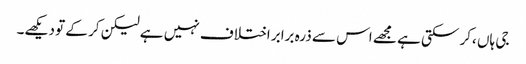
جی ہاں ،کر سکتی ہے مجھے اس سے ذرہ برابر اختلاف نہیں ہے لیکن کر کے تو دیکھے۔